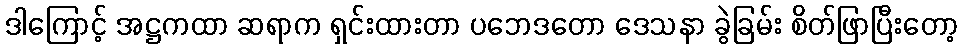
ဒါကြောင့် အဋ္ဌကထာ ဆရာက ရှင်းထားတာ ပဘေဒတော ဒေသနာ ခွဲခြမ်း စိတ်ဖြာပြီးတော့